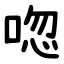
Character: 唿